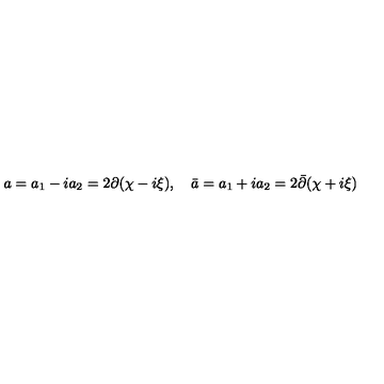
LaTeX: a = a _ { 1 } - i a _ { 2 } = 2 \partial ( \chi - i \xi ) , \quad \bar { a } = a _ { 1 } + i a _ { 2 } = 2 \bar { \partial } ( \chi + i \xi )